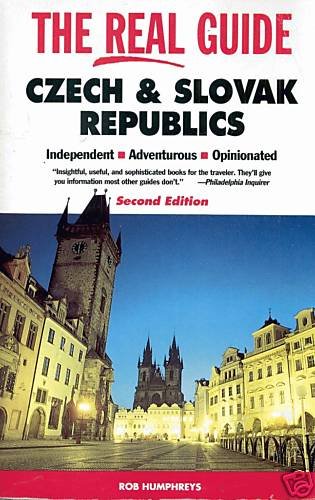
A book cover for The Real Guide: The Czech & Slovak Republics (Rough Guides); Rob Humphreys; Travel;